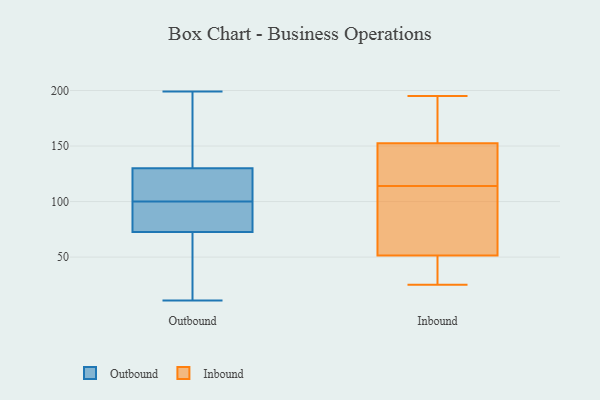
{"axis": {"x": "Shipments", "y": "Value"}, "legend": ["Inbound", "Outbound"], "data": [{"x": "", "y": 87, "type": "Outbound"}, {"x": "", "y": 157, "type": "Outbound"}, {"x": "", "y": 100, "type": "Outbound"}, {"x": "", "y": 11, "type": "Outbound"}, {"x": "", "y": 184, "type": "Outbound"}, {"x": "", "y": 13, "type": "Outbound"}, {"x": "", "y": 71, "type": "Outbound"}, {"x": "", "y": 75, "type": "Outbound"}, {"x": "", "y": 159, "type": "Outbound"}, {"x": "", "y": 65, "type": "Outbound"}, {"x": "", "y": 121, "type": "Outbound"}, {"x": "", "y": 73, "type": "Outbound"}, {"x": "", "y": 109, "type": "Outbound"}, {"x": "", "y": 199, "type": "Outbound"}, {"x": "", "y": 110, "type": "Outbound"}, {"x": "", "y": 109, "type": "Outbound"}, {"x": "", "y": 82, "type": "Outbound"}, {"x": "", "y": 141, "type": "Inbound"}, {"x": "", "y": 41, "type": "Inbound"}, {"x": "", "y": 195, "type": "Inbound"}, {"x": "", "y": 156, "type": "Inbound"}, {"x": "", "y": 25, "type": "Inbound"}, {"x": "", "y": 149, "type": "Inbound"}, {"x": "", "y": 90, "type": "Inbound"}, {"x": "", "y": 56, "type": "Inbound"}, {"x": "", "y": 47, "type": "Inbound"}, {"x": "", "y": 130, "type": "Inbound"}, {"x": "", "y": 98, "type": "Inbound"}, {"x": "", "y": 181, "type": "Inbound"}]}